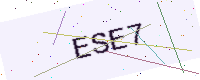
Text: ESE7